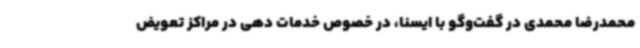
محمدرضا محمدی در گفت‌وگو با ایسنا، در خصوص خدمات دهی در مراکز تعویض